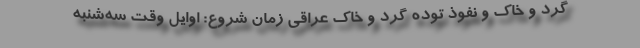
گرد و خاک و نفوذ توده گرد و خاک عراقی زمان شروع: اوایل وقت سه‌شنبه